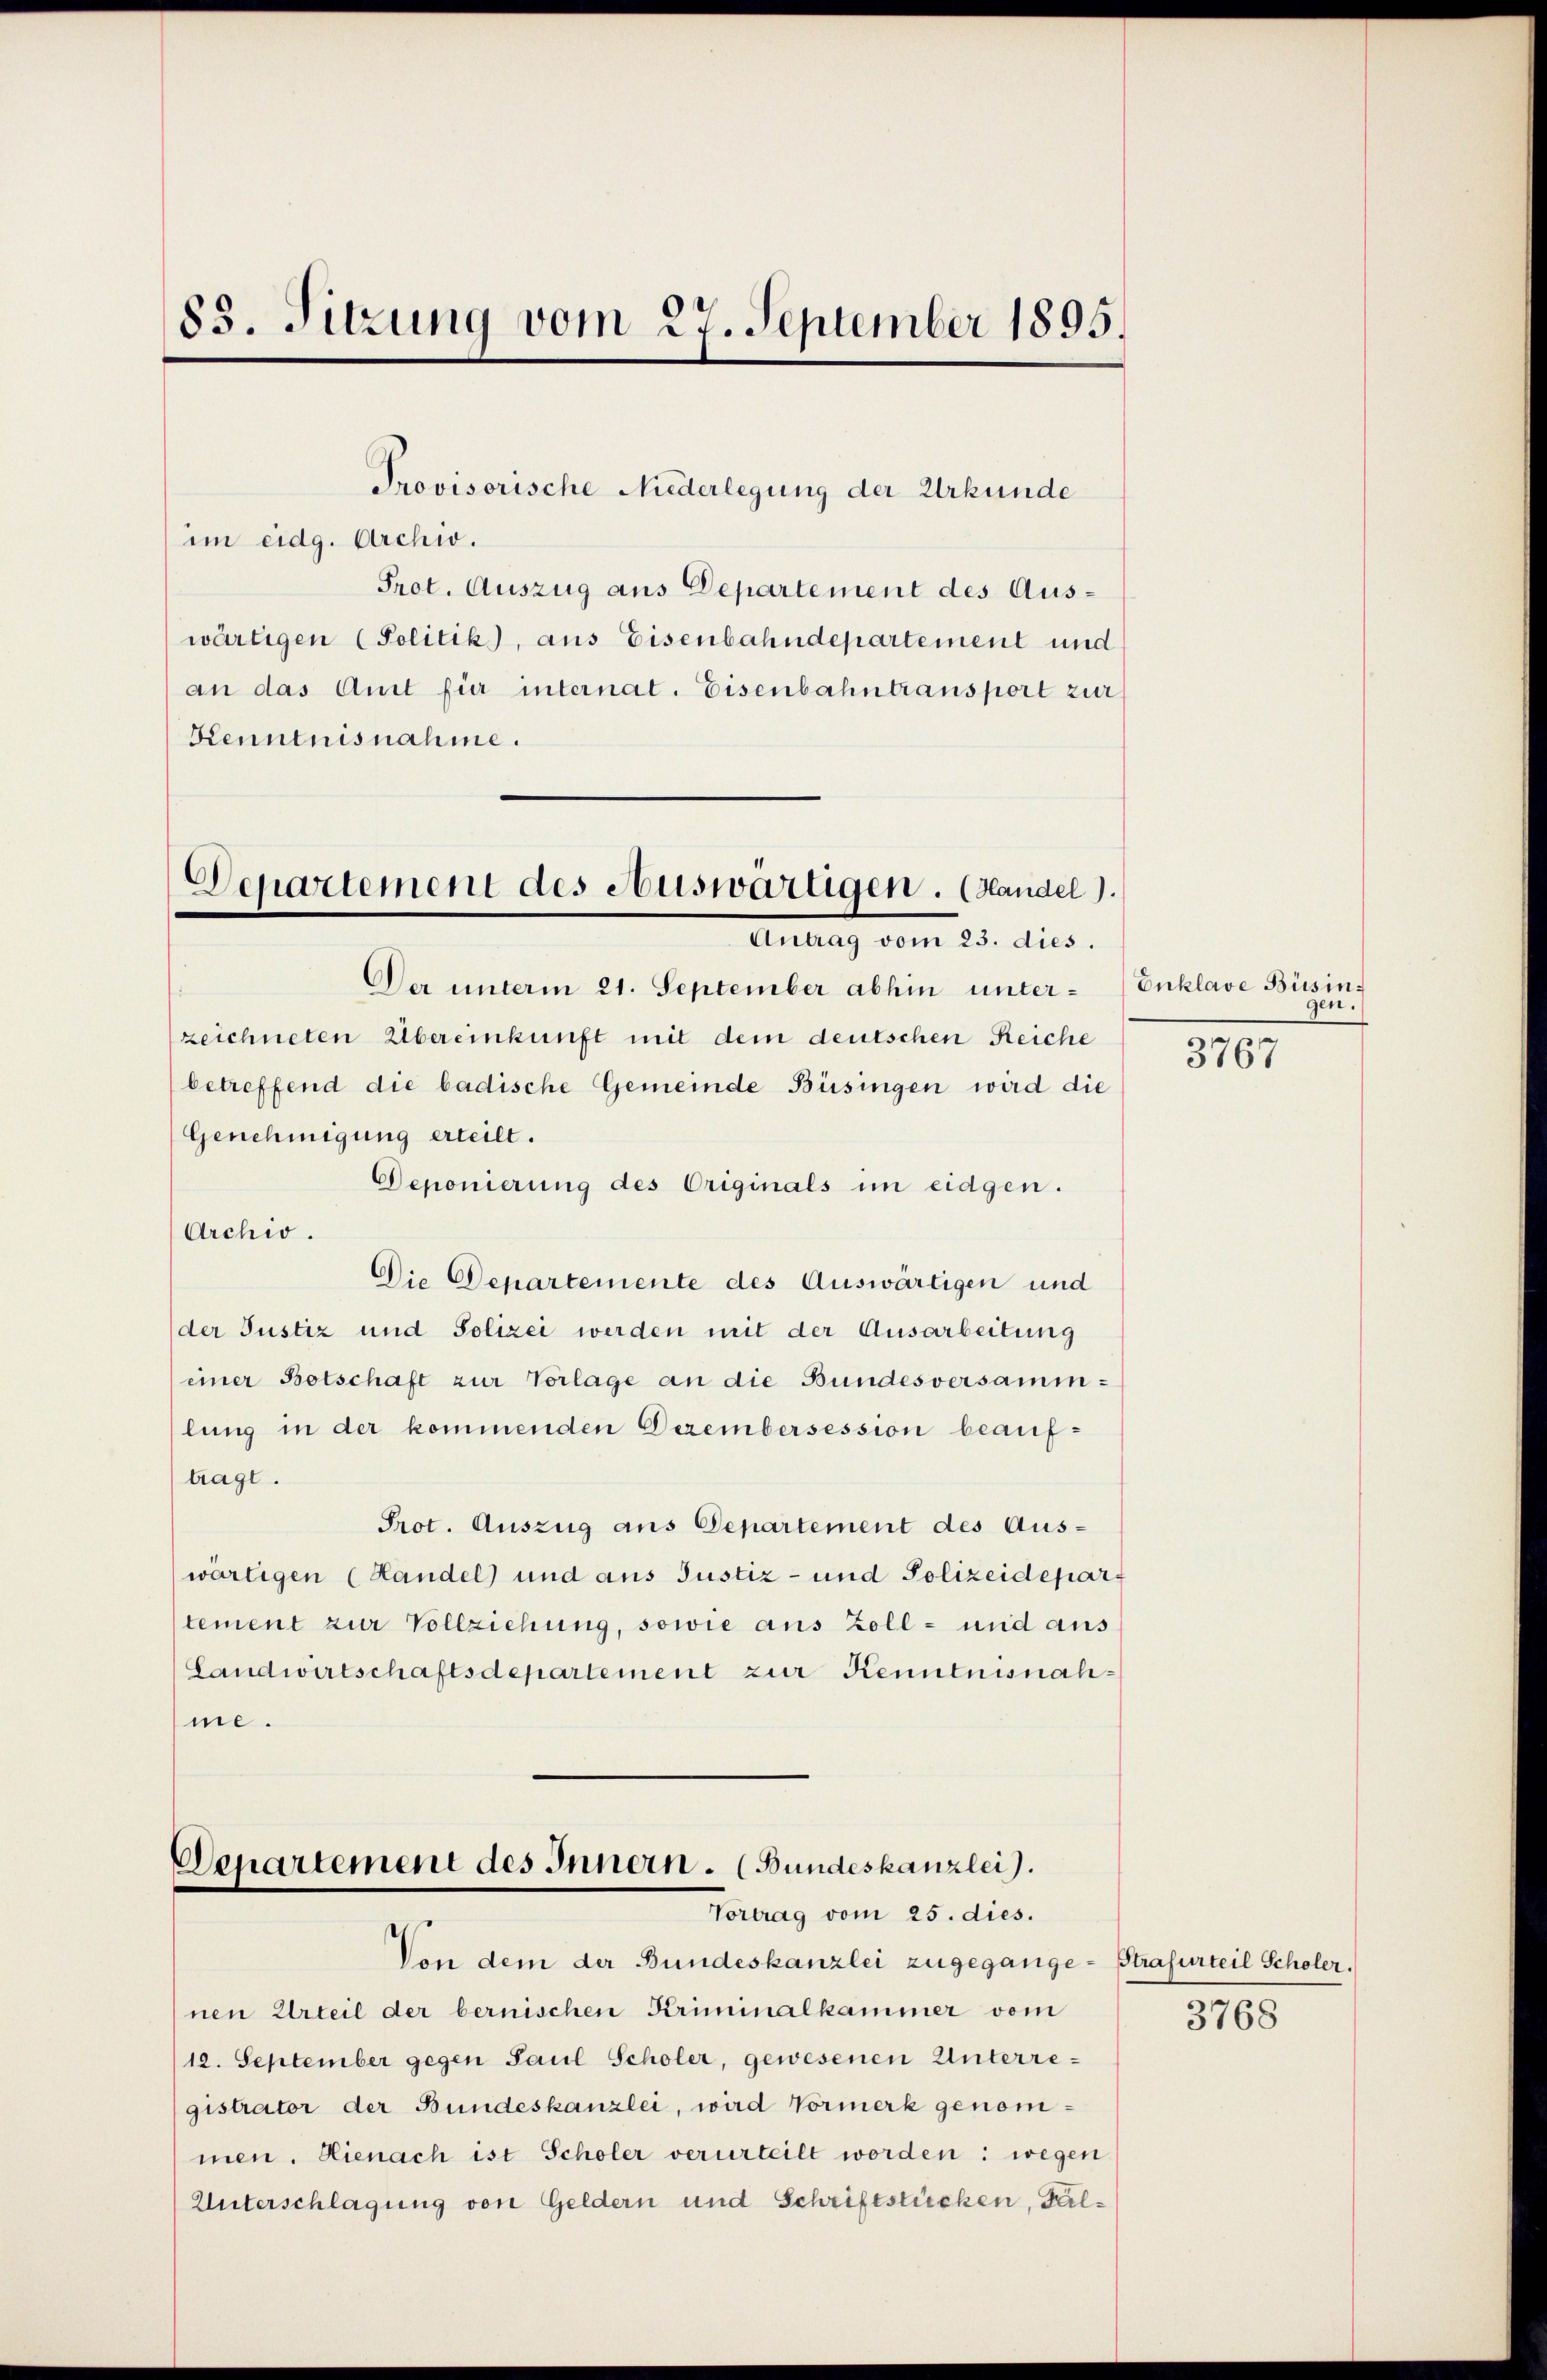
85. Sitzung vom 27. September 1895.

im eidg. Archiv.
Prot. Auszug aus Departement des Auswärtigen (Politik), aus Eisenbahndepartement und
an das Aust für internat. Eisenbahntransport zur
Kenntnisnahme.

Provisorische Niederlegung der Urkunde

Der unterm 21. September abhin unterzeichneten Übereinkunft mit dem deutschen Reiche
betreffend die badische Gemeinde Büsingen wird die
Genehmigung erteilt.
Deponierung des Originals im eidgen.
Archio.
Die Departemente des Auswärtigen und
(der Justiz und Polizei werden mit der Ausarbeitung
einer Botschaft zur Vorlage an die Bundesversammlung in der kommenden Dezembersession beauftragt.
Prot. Auszug aus Departement des Aus-
wärtigen (Handel) und aus Justiz- und Polizeidepar
tement zur Vollziehung, sowie aus Zoll- und aus
Landwirtschaftsdepartement zur Kenntnisnahme.

Departement des Auswärtigen. (Handel).
Antrag vom 23. dies

Departement des Innern. (Bundeskanzlei.
Vortrag vom 25. dies.

Von dem der Bundeskanzlei zugegange- Strafurteil Scholer.
nen Urteil der bernischen Kriminalkammer vom
12. September gegen Paul Scholer, gewesenen Unterregistrator der Bundeskanzlei, wird Vormerk genommen. Hienach ist Scholer verurteilt worden: wegen
Unterschlagung von Geldern und Schriftstücken, Fal¬

Enklave Büsingen.

3767

3768